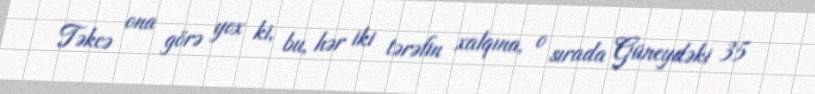
Təkcə ona görə yox ki, bu, hər iki tərəfin xalqına, o sırada Güneydəki 35